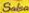

				###